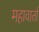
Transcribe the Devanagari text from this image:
महावार्ता